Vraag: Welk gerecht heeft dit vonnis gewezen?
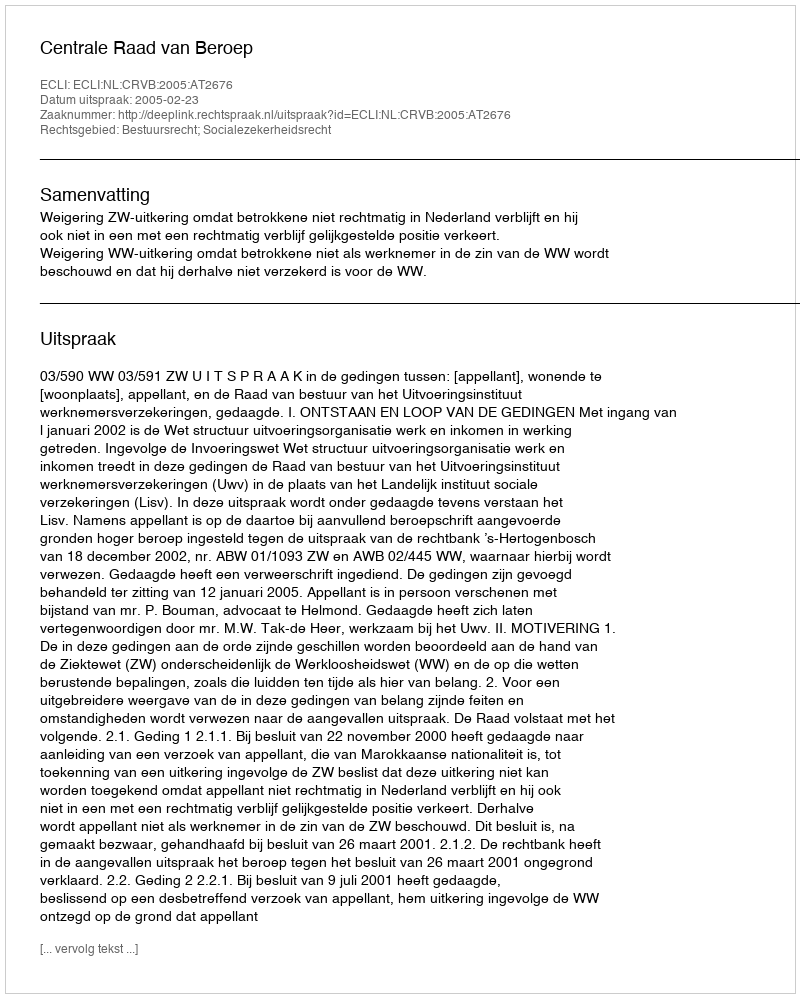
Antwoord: Centrale Raad van Beroep